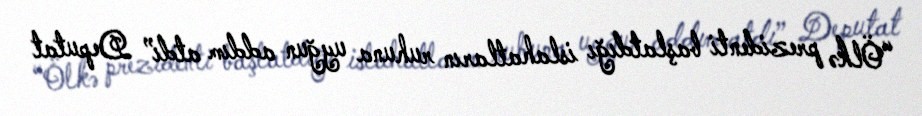
“Ölkə prezidenti başlatdığı islahatların ruhuna uyğun addım atdı” Deputat